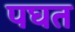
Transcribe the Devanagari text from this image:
पघत